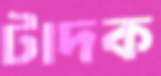
টাদক